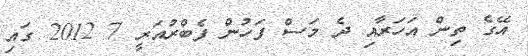
އޭގެ ތިން އަހަރާއި ދެ މަސް ފަހުން ފެބްރުއަރީ 7 2012 ގައި